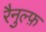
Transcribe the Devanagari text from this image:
रैनुल्फ़